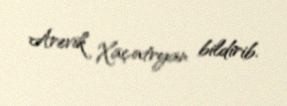
Arevik Xaçatryan bildirib.